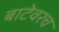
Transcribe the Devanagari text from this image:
बाटेवरच